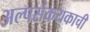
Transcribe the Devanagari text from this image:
अल्पसंकयकाची